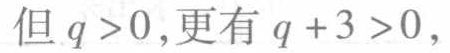
但 \(q >0\),更有 \(q + 3 >0\),